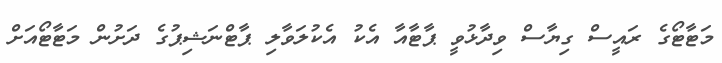
މަޓާޓޯގެ ރައީސް ގިޔާސް ވިދާޅުވީ ޕާޓާއާ އެކު އެކުލަވާލި ޕާޓްނަޝިޕުގެ ދަށުން މަޓާޓޯއަށް